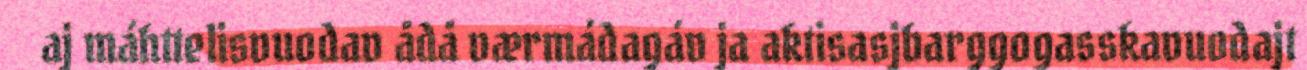
aj máhttelisvuodav ådå værmádagáv ja aktisasjbarggogasskavuodajt